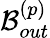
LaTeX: \mathcal{B}_{out}^{\left(p\right)}